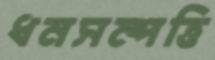
ধনসম্পত্তি